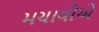
મચાવીએ